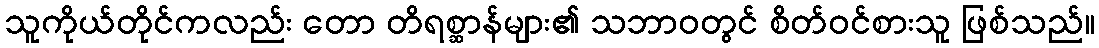
သူကိုယ်တိုင်ကလည်း တော တိရစ္ဆာန်များ၏ သဘာဝတွင် စိတ်ဝင်စားသူ ဖြစ်သည်။